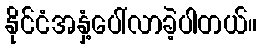
နိုင်ငံအနှံ့ပေါ်လာခဲ့ပါတယ်။